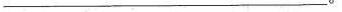
___。